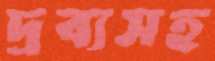
দ্রব্যসহ